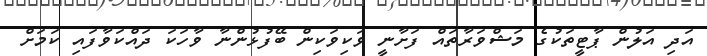
އަދި އަލުން ޕާޓީތަކުގެ މަޝްވަރާތައް ފަށާނީ ވަކިވަކިން ބޭފުޅުންނާ ވާހަކަ ދައްކަވާފައި ކަމަށް